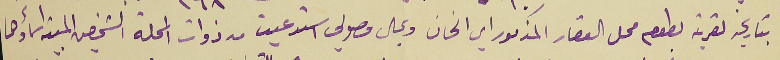
بتاريخه لقرية بطوم محل العقار المذكور اي الخان وبحال وصولي استدعيت من ذوات المحلة الشخصين المبينه اسماؤهما